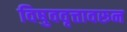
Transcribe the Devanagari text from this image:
विषुववृत्तावरून